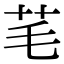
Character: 芼